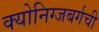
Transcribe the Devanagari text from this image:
क्योनिग्जबर्गची